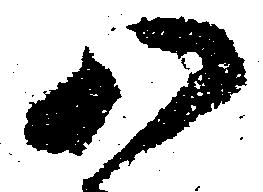
八